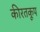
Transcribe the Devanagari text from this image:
कीरतकूप